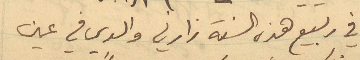
في ربيع هذه السنة زارني والدي في عين